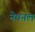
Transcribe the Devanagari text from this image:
नेषनल